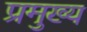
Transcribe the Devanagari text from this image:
प्रमुख्‍य